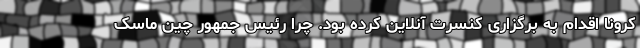
کرونا اقدام به برگزاری کنسرت آنلاین کرده بود. چرا رئیس جمهور چین ماسک